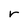
Character: r